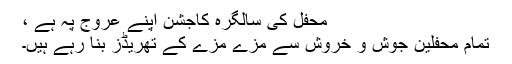
محفل کی سالگرہ کاجشن اپنے عروج پہ ہے ،
تمام محفلین جوش و خروش سے مزے مزے کے تھریڈز بنا رہے ہیں۔